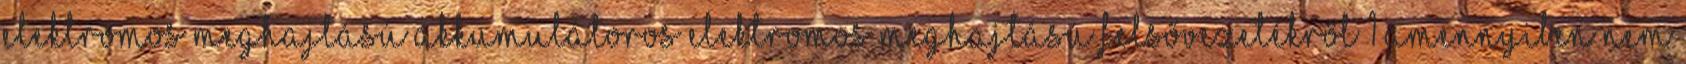
Elektromos meghajtású akkumulátoros Elektromos meghajtású felsővezetékről 1 Amennyiben nem